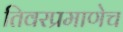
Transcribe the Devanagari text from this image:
तिवरप्रमाणेच